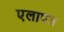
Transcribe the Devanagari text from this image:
एलापत्र